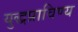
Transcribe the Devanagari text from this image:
युद्धप्राविण्य